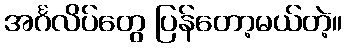
အင်္ဂလိပ်တွေ ပြန်တော့မယ်တဲ့။